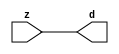

//------> ./rtl_mgc_ioport.v 
//------------------------------------------------------------------
//                M G C _ I O P O R T _ C O M P S
//------------------------------------------------------------------

//------------------------------------------------------------------
//                       M O D U L E S
//------------------------------------------------------------------

//------------------------------------------------------------------
//-- INPUT ENTITIES
//------------------------------------------------------------------

module mgc_in_wire (d, z);

  parameter integer rscid = 1;
  parameter integer width = 8;

  output [width-1:0] d;
  input  [width-1:0] z;

  wire   [width-1:0] d;

  assign d = z;

endmodule

//------------------------------------------------------------------

module mgc_in_wire_en (ld, d, lz, z);

  parameter integer rscid = 1;
  parameter integer width = 8;

  input              ld;
  output [width-1:0] d;
  output             lz;
  input  [width-1:0] z;

  wire   [width-1:0] d;
  wire               lz;

  assign d = z;
  assign lz = ld;

endmodule

//------------------------------------------------------------------

module mgc_in_wire_wait (ld, vd, d, lz, vz, z);

  parameter integer rscid = 1;
  parameter integer width = 8;

  input              ld;
  output             vd;
  output [width-1:0] d;
  output             lz;
  input              vz;
  input  [width-1:0] z;

  wire               vd;
  wire   [width-1:0] d;
  wire               lz;

  assign d = z;
  assign lz = ld;
  assign vd = vz;

endmodule
//------------------------------------------------------------------

module mgc_chan_in (ld, vd, d, lz, vz, z, size, req_size, sizez, sizelz);

  parameter integer rscid = 1;
  parameter integer width = 8;
  parameter integer sz_width = 8;

  input              ld;
  output             vd;
  output [width-1:0] d;
  output             lz;
  input              vz;
  input  [width-1:0] z;
  output [sz_width-1:0] size;
  input              req_size;
  input  [sz_width-1:0] sizez;
  output             sizelz;


  wire               vd;
  wire   [width-1:0] d;
  wire               lz;
  wire   [sz_width-1:0] size;
  wire               sizelz;

  assign d = z;
  assign lz = ld;
  assign vd = vz;
  assign size = sizez;
  assign sizelz = req_size;

endmodule


//------------------------------------------------------------------
//-- OUTPUT ENTITIES
//------------------------------------------------------------------

module mgc_out_stdreg (d, z);

  parameter integer rscid = 1;
  parameter integer width = 8;

  input    [width-1:0] d;
  output   [width-1:0] z;

  wire     [width-1:0] z;

  assign z = d;

endmodule

//------------------------------------------------------------------

module mgc_out_stdreg_en (ld, d, lz, z);

  parameter integer rscid = 1;
  parameter integer width = 8;

  input              ld;
  input  [width-1:0] d;
  output             lz;
  output [width-1:0] z;

  wire               lz;
  wire   [width-1:0] z;

  assign z = d;
  assign lz = ld;

endmodule

//------------------------------------------------------------------

module mgc_out_stdreg_wait (ld, vd, d, lz, vz, z);

  parameter integer rscid = 1;
  parameter integer width = 8;

  input              ld;
  output             vd;
  input  [width-1:0] d;
  output             lz;
  input              vz;
  output [width-1:0] z;

  wire               vd;
  wire               lz;
  wire   [width-1:0] z;

  assign z = d;
  assign lz = ld;
  assign vd = vz;

endmodule

//------------------------------------------------------------------

module mgc_out_prereg_en (ld, d, lz, z);

    parameter integer rscid = 1;
    parameter integer width = 8;

    input              ld;
    input  [width-1:0] d;
    output             lz;
    output [width-1:0] z;

    wire               lz;
    wire   [width-1:0] z;

    assign z = d;
    assign lz = ld;

endmodule

//------------------------------------------------------------------
//-- INOUT ENTITIES
//------------------------------------------------------------------

module mgc_inout_stdreg_en (ldin, din, ldout, dout, lzin, lzout, z);

    parameter integer rscid = 1;
    parameter integer width = 8;

    input              ldin;
    output [width-1:0] din;
    input              ldout;
    input  [width-1:0] dout;
    output             lzin;
    output             lzout;
    inout  [width-1:0] z;

    wire   [width-1:0] din;
    wire               lzin;
    wire               lzout;
    wire   [width-1:0] z;

    assign lzin = ldin;
    assign din = ldin ? z : {width{1'bz}};
    assign lzout = ldout;
    assign z = ldout ? dout : {width{1'bz}};

endmodule

//------------------------------------------------------------------
module hid_tribuf( I_SIG, ENABLE, O_SIG);
  parameter integer width = 8;

  input [width-1:0] I_SIG;
  input ENABLE;
  inout [width-1:0] O_SIG;

  assign O_SIG = (ENABLE) ? I_SIG : { width{1'bz}};

endmodule
//------------------------------------------------------------------

module mgc_inout_stdreg_wait (ldin, vdin, din, ldout, vdout, dout, lzin, vzin, lzout, vzout, z);

    parameter integer rscid = 1;
    parameter integer width = 8;

    input              ldin;
    output             vdin;
    output [width-1:0] din;
    input              ldout;
    output             vdout;
    input  [width-1:0] dout;
    output             lzin;
    input              vzin;
    output             lzout;
    input              vzout;
    inout  [width-1:0] z;

    wire               vdin;
    wire   [width-1:0] din;
    wire               vdout;
    wire               lzin;
    wire               lzout;
    wire   [width-1:0] z;
    wire   ldout_and_vzout;

    assign lzin = ldin;
    assign vdin = vzin;
    assign din = ldin ? z : {width{1'bz}};
    assign lzout = ldout;
    assign vdout = vzout ;
    assign ldout_and_vzout = ldout && vzout ;

    hid_tribuf #(width) tb( .I_SIG(dout),
                            .ENABLE(ldout_and_vzout),
                            .O_SIG(z) );

endmodule

//------------------------------------------------------------------

module mgc_inout_buf_wait (clk, en, arst, srst, ldin, vdin, din, ldout, vdout, dout, lzin, vzin, lzout, vzout, z);

    parameter integer rscid   = 0; // resource ID
    parameter integer width   = 8; // fifo width
    parameter         ph_clk  =  1'b1; // clock polarity 1=rising edge, 0=falling edge
    parameter         ph_en   =  1'b1; // clock enable polarity
    parameter         ph_arst =  1'b1; // async reset polarity
    parameter         ph_srst =  1'b1; // sync reset polarity

    input              clk;
    input              en;
    input              arst;
    input              srst;
    input              ldin;
    output             vdin;
    output [width-1:0] din;
    input              ldout;
    output             vdout;
    input  [width-1:0] dout;
    output             lzin;
    input              vzin;
    output             lzout;
    input              vzout;
    inout  [width-1:0] z;

    wire               lzout_buf;
    wire               vzout_buf;
    wire   [width-1:0] z_buf;
    wire               vdin;
    wire   [width-1:0] din;
    wire               vdout;
    wire               lzin;
    wire               lzout;
    wire   [width-1:0] z;

    assign lzin = ldin;
    assign vdin = vzin;
    assign din = ldin ? z : {width{1'bz}};
    assign lzout = lzout_buf & ~ldin;
    assign vzout_buf = vzout & ~ldin;
    hid_tribuf #(width) tb( .I_SIG(z_buf),
                            .ENABLE((lzout_buf && (!ldin) && vzout) ),
                            .O_SIG(z)  );

    mgc_out_buf_wait
    #(
        .rscid   (rscid),
        .width   (width),
        .ph_clk  (ph_clk),
        .ph_en   (ph_en),
        .ph_arst (ph_arst),
        .ph_srst (ph_srst)
    )
    BUFF
    (
        .clk     (clk),
        .en      (en),
        .arst    (arst),
        .srst    (srst),
        .ld      (ldout),
        .vd      (vdout),
        .d       (dout),
        .lz      (lzout_buf),
        .vz      (vzout_buf),
        .z       (z_buf)
    );


endmodule

module mgc_inout_fifo_wait (clk, en, arst, srst, ldin, vdin, din, ldout, vdout, dout, lzin, vzin, lzout, vzout, z);

    parameter integer rscid   = 0; // resource ID
    parameter integer width   = 8; // fifo width
    parameter integer fifo_sz = 8; // fifo depth
    parameter         ph_clk  = 1'b1;  // clock polarity 1=rising edge, 0=falling edge
    parameter         ph_en   = 1'b1;  // clock enable polarity
    parameter         ph_arst = 1'b1;  // async reset polarity
    parameter         ph_srst = 1'b1;  // sync reset polarity
    parameter integer ph_log2 = 3;     // log2(fifo_sz)
    parameter integer pwropt  = 0;     // pwropt

    input              clk;
    input              en;
    input              arst;
    input              srst;
    input              ldin;
    output             vdin;
    output [width-1:0] din;
    input              ldout;
    output             vdout;
    input  [width-1:0] dout;
    output             lzin;
    input              vzin;
    output             lzout;
    input              vzout;
    inout  [width-1:0] z;

    wire               lzout_buf;
    wire               vzout_buf;
    wire   [width-1:0] z_buf;
    wire               comb;
    wire               vdin;
    wire   [width-1:0] din;
    wire               vdout;
    wire               lzin;
    wire               lzout;
    wire   [width-1:0] z;

    assign lzin = ldin;
    assign vdin = vzin;
    assign din = ldin ? z : {width{1'bz}};
    assign lzout = lzout_buf & ~ldin;
    assign vzout_buf = vzout & ~ldin;
    assign comb = (lzout_buf && (!ldin) && vzout);

    hid_tribuf #(width) tb2( .I_SIG(z_buf), .ENABLE(comb), .O_SIG(z)  );

    mgc_out_fifo_wait
    #(
        .rscid   (rscid),
        .width   (width),
        .fifo_sz (fifo_sz),
        .ph_clk  (ph_clk),
        .ph_en   (ph_en),
        .ph_arst (ph_arst),
        .ph_srst (ph_srst),
        .ph_log2 (ph_log2),
        .pwropt  (pwropt)
    )
    FIFO
    (
        .clk   (clk),
        .en      (en),
        .arst    (arst),
        .srst    (srst),
        .ld      (ldout),
        .vd      (vdout),
        .d       (dout),
        .lz      (lzout_buf),
        .vz      (vzout_buf),
        .z       (z_buf)
    );

endmodule

//------------------------------------------------------------------
//-- I/O SYNCHRONIZATION ENTITIES
//------------------------------------------------------------------

module mgc_io_sync (ld, lz);

    input  ld;
    output lz;

    assign lz = ld;

endmodule

module mgc_bsync_rdy (rd, rz);

    parameter integer rscid   = 0; // resource ID
    parameter ready = 1;
    parameter valid = 0;

    input  rd;
    output rz;

    wire   rz;

    assign rz = rd;

endmodule

module mgc_bsync_vld (vd, vz);

    parameter integer rscid   = 0; // resource ID
    parameter ready = 0;
    parameter valid = 1;

    output vd;
    input  vz;

    wire   vd;

    assign vd = vz;

endmodule

module mgc_bsync_rv (rd, vd, rz, vz);

    parameter integer rscid   = 0; // resource ID
    parameter ready = 1;
    parameter valid = 1;

    input  rd;
    output vd;
    output rz;
    input  vz;

    wire   vd;
    wire   rz;

    assign rz = rd;
    assign vd = vz;

endmodule

//------------------------------------------------------------------

module mgc_sync (ldin, vdin, ldout, vdout);

  input  ldin;
  output vdin;
  input  ldout;
  output vdout;

  wire   vdin;
  wire   vdout;

  assign vdin = ldout;
  assign vdout = ldin;

endmodule

///////////////////////////////////////////////////////////////////////////////
// dummy function used to preserve funccalls for modulario
// it looks like a memory read to the caller
///////////////////////////////////////////////////////////////////////////////
module funccall_inout (d, ad, bd, z, az, bz);

  parameter integer ram_id = 1;
  parameter integer width = 8;
  parameter integer addr_width = 8;

  output [width-1:0]       d;
  input  [addr_width-1:0]  ad;
  input                    bd;
  input  [width-1:0]       z;
  output [addr_width-1:0]  az;
  output                   bz;

  wire   [width-1:0]       d;
  wire   [addr_width-1:0]  az;
  wire                     bz;

  assign d  = z;
  assign az = ad;
  assign bz = bd;

endmodule


///////////////////////////////////////////////////////////////////////////////
// inlinable modular io not otherwise found in mgc_ioport
///////////////////////////////////////////////////////////////////////////////

module modulario_en_in (vd, d, vz, z);

  parameter integer rscid = 1;
  parameter integer width = 8;

  output             vd;
  output [width-1:0] d;
  input              vz;
  input  [width-1:0] z;

  wire   [width-1:0] d;
  wire               vd;

  assign d = z;
  assign vd = vz;

endmodule

//------> ./rtl_mgc_ioport_v2001.v 
//------------------------------------------------------------------

module mgc_out_reg_pos (clk, en, arst, srst, ld, d, lz, z);

    parameter integer rscid   = 1;
    parameter integer width   = 8;
    parameter         ph_en   =  1'b1;
    parameter         ph_arst =  1'b1;
    parameter         ph_srst =  1'b1;

    input              clk;
    input              en;
    input              arst;
    input              srst;
    input              ld;
    input  [width-1:0] d;
    output             lz;
    output [width-1:0] z;

    reg                lz;
    reg    [width-1:0] z;

    generate
    if (ph_arst == 1'b0)
    begin: NEG_ARST
        always @(posedge clk or negedge arst)
        if (arst == 1'b0)
        begin: B1
            lz <= 1'b0;
            z  <= {width{1'b0}};
        end
        else if (srst == ph_srst)
        begin: B2
            lz <= 1'b0;
            z  <= {width{1'b0}};
        end
        else if (en == ph_en)
        begin: B3
            lz <= ld;
            z  <= (ld) ? d : z;
        end
    end
    else
    begin: POS_ARST
        always @(posedge clk or posedge arst)
        if (arst == 1'b1)
        begin: B1
            lz <= 1'b0;
            z  <= {width{1'b0}};
        end
        else if (srst == ph_srst)
        begin: B2
            lz <= 1'b0;
            z  <= {width{1'b0}};
        end
        else if (en == ph_en)
        begin: B3
            lz <= ld;
            z  <= (ld) ? d : z;
        end
    end
    endgenerate

endmodule

//------------------------------------------------------------------

module mgc_out_reg_neg (clk, en, arst, srst, ld, d, lz, z);

    parameter integer rscid   = 1;
    parameter integer width   = 8;
    parameter         ph_en   =  1'b1;
    parameter         ph_arst =  1'b1;
    parameter         ph_srst =  1'b1;

    input              clk;
    input              en;
    input              arst;
    input              srst;
    input              ld;
    input  [width-1:0] d;
    output             lz;
    output [width-1:0] z;

    reg                lz;
    reg    [width-1:0] z;

    generate
    if (ph_arst == 1'b0)
    begin: NEG_ARST
        always @(negedge clk or negedge arst)
        if (arst == 1'b0)
        begin: B1
            lz <= 1'b0;
            z  <= {width{1'b0}};
        end
        else if (srst == ph_srst)
        begin: B2
            lz <= 1'b0;
            z  <= {width{1'b0}};
        end
        else if (en == ph_en)
        begin: B3
            lz <= ld;
            z  <= (ld) ? d : z;
        end
    end
    else
    begin: POS_ARST
        always @(negedge clk or posedge arst)
        if (arst == 1'b1)
        begin: B1
            lz <= 1'b0;
            z  <= {width{1'b0}};
        end
        else if (srst == ph_srst)
        begin: B2
            lz <= 1'b0;
            z  <= {width{1'b0}};
        end
        else if (en == ph_en)
        begin: B3
            lz <= ld;
            z  <= (ld) ? d : z;
        end
    end
    endgenerate

endmodule

//------------------------------------------------------------------

module mgc_out_reg (clk, en, arst, srst, ld, d, lz, z); // Not Supported

    parameter integer rscid   = 1;
    parameter integer width   = 8;
    parameter         ph_clk  =  1'b1;
    parameter         ph_en   =  1'b1;
    parameter         ph_arst =  1'b1;
    parameter         ph_srst =  1'b1;

    input              clk;
    input              en;
    input              arst;
    input              srst;
    input              ld;
    input  [width-1:0] d;
    output             lz;
    output [width-1:0] z;


    generate
    if (ph_clk == 1'b0)
    begin: NEG_EDGE

        mgc_out_reg_neg
        #(
            .rscid   (rscid),
            .width   (width),
            .ph_en   (ph_en),
            .ph_arst (ph_arst),
            .ph_srst (ph_srst)
        )
        mgc_out_reg_neg_inst
        (
            .clk     (clk),
            .en      (en),
            .arst    (arst),
            .srst    (srst),
            .ld      (ld),
            .d       (d),
            .lz      (lz),
            .z       (z)
        );

    end
    else
    begin: POS_EDGE

        mgc_out_reg_pos
        #(
            .rscid   (rscid),
            .width   (width),
            .ph_en   (ph_en),
            .ph_arst (ph_arst),
            .ph_srst (ph_srst)
        )
        mgc_out_reg_pos_inst
        (
            .clk     (clk),
            .en      (en),
            .arst    (arst),
            .srst    (srst),
            .ld      (ld),
            .d       (d),
            .lz      (lz),
            .z       (z)
        );

    end
    endgenerate

endmodule




//------------------------------------------------------------------

module mgc_out_buf_wait (clk, en, arst, srst, ld, vd, d, vz, lz, z); // Not supported

    parameter integer rscid   = 1;
    parameter integer width   = 8;
    parameter         ph_clk  =  1'b1;
    parameter         ph_en   =  1'b1;
    parameter         ph_arst =  1'b1;
    parameter         ph_srst =  1'b1;

    input              clk;
    input              en;
    input              arst;
    input              srst;
    input              ld;
    output             vd;
    input  [width-1:0] d;
    output             lz;
    input              vz;
    output [width-1:0] z;

    wire               filled;
    wire               filled_next;
    wire   [width-1:0] abuf;
    wire               lbuf;


    assign filled_next = (filled & (~vz)) | (filled & ld) | (ld & (~vz));

    assign lbuf = ld & ~(filled ^ vz);

    assign vd = vz | ~filled;

    assign lz = ld | filled;

    assign z = (filled) ? abuf : d;

    wire dummy;
    wire dummy_bufreg_lz;

    // Output registers:
    mgc_out_reg
    #(
        .rscid   (rscid),
        .width   (1'b1),
        .ph_clk  (ph_clk),
        .ph_en   (ph_en),
        .ph_arst (ph_arst),
        .ph_srst (ph_srst)
    )
    STATREG
    (
        .clk     (clk),
        .en      (en),
        .arst    (arst),
        .srst    (srst),
        .ld      (filled_next),
        .d       (1'b0),       // input d is unused
        .lz      (filled),
        .z       (dummy)            // output z is unused
    );

    mgc_out_reg
    #(
        .rscid   (rscid),
        .width   (width),
        .ph_clk  (ph_clk),
        .ph_en   (ph_en),
        .ph_arst (ph_arst),
        .ph_srst (ph_srst)
    )
    BUFREG
    (
        .clk     (clk),
        .en      (en),
        .arst    (arst),
        .srst    (srst),
        .ld      (lbuf),
        .d       (d),
        .lz      (dummy_bufreg_lz),
        .z       (abuf)
    );

endmodule

//------------------------------------------------------------------

module mgc_out_fifo_wait (clk, en, arst, srst, ld, vd, d, lz, vz,  z);

    parameter integer rscid   = 0; // resource ID
    parameter integer width   = 8; // fifo width
    parameter integer fifo_sz = 8; // fifo depth
    parameter         ph_clk  = 1'b1; // clock polarity 1=rising edge, 0=falling edge
    parameter         ph_en   = 1'b1; // clock enable polarity
    parameter         ph_arst = 1'b1; // async reset polarity
    parameter         ph_srst = 1'b1; // sync reset polarity
    parameter integer ph_log2 = 3; // log2(fifo_sz)
    parameter integer pwropt  = 0; // pwropt


    input                 clk;
    input                 en;
    input                 arst;
    input                 srst;
    input                 ld;    // load data
    output                vd;    // fifo full active low
    input     [width-1:0] d;
    output                lz;    // fifo ready to send
    input                 vz;    // dest ready for data
    output    [width-1:0] z;

    wire    [31:0]      size;


      // Output registers:
 mgc_out_fifo_wait_core#(
        .rscid   (rscid),
        .width   (width),
        .sz_width (32),
        .fifo_sz (fifo_sz),
        .ph_clk  (ph_clk),
        .ph_en   (ph_en),
        .ph_arst (ph_arst),
        .ph_srst (ph_srst),
        .ph_log2 (ph_log2),
        .pwropt  (pwropt)
        ) CORE (
        .clk (clk),
        .en (en),
        .arst (arst),
        .srst (srst),
        .ld (ld),
        .vd (vd),
        .d (d),
        .lz (lz),
        .vz (vz),
        .z (z),
        .size (size)
        );

endmodule



module mgc_out_fifo_wait_core (clk, en, arst, srst, ld, vd, d, lz, vz,  z, size);

    parameter integer rscid   = 0; // resource ID
    parameter integer width   = 8; // fifo width
    parameter integer sz_width = 8; // size of port for elements in fifo
    parameter integer fifo_sz = 8; // fifo depth
    parameter         ph_clk  =  1'b1; // clock polarity 1=rising edge, 0=falling edge
    parameter         ph_en   =  1'b1; // clock enable polarity
    parameter         ph_arst =  1'b1; // async reset polarity
    parameter         ph_srst =  1'b1; // sync reset polarity
    parameter integer ph_log2 = 3; // log2(fifo_sz)
    parameter integer pwropt  = 0; // pwropt

   localparam integer  fifo_b = width * fifo_sz;

    input                 clk;
    input                 en;
    input                 arst;
    input                 srst;
    input                 ld;    // load data
    output                vd;    // fifo full active low
    input     [width-1:0] d;
    output                lz;    // fifo ready to send
    input                 vz;    // dest ready for data
    output    [width-1:0] z;
    output    [sz_width-1:0]      size;

    reg      [( (fifo_sz > 0) ? fifo_sz : 1)-1:0] stat_pre;
    wire     [( (fifo_sz > 0) ? fifo_sz : 1)-1:0] stat;
    reg      [( (fifo_b > 0) ? fifo_b : 1)-1:0] buff_pre;
    wire     [( (fifo_b > 0) ? fifo_b : 1)-1:0] buff;
    reg      [( (fifo_sz > 0) ? fifo_sz : 1)-1:0] en_l;
    reg      [(((fifo_sz > 0) ? fifo_sz : 1)-1)/8:0] en_l_s;

    reg       [width-1:0] buff_nxt;

    reg                   stat_nxt;
    reg                   stat_before;
    reg                   stat_after;
    reg                   en_l_var;

    integer               i;
    genvar                eni;

    wire [32:0]           size_t;
    reg [31:0]            count;
    reg [31:0]            count_t;
    reg [32:0]            n_elem;
// pragma translate_off
    reg [31:0]            peak;
// pragma translate_on

    wire [( (fifo_sz > 0) ? fifo_sz : 1)-1:0] dummy_statreg_lz;
    wire [( (fifo_b > 0) ? fifo_b : 1)-1:0] dummy_bufreg_lz;

    generate
    if ( fifo_sz > 0 )
    begin: FIFO_REG
      assign vd = vz | ~stat[0];
      assign lz = ld | stat[fifo_sz-1];
      assign size_t = (count - (vz && stat[fifo_sz-1])) + ld;
      assign size = size_t[sz_width-1:0];
      assign z = (stat[fifo_sz-1]) ? buff[fifo_b-1:width*(fifo_sz-1)] : d;

      always @(*)
      begin: FIFOPROC
        n_elem = 33'b0;
        for (i = fifo_sz-1; i >= 0; i = i - 1)
        begin
          if (i != 0)
            stat_before = stat[i-1];
          else
            stat_before = 1'b0;

          if (i != (fifo_sz-1))
            stat_after = stat[i+1];
          else
            stat_after = 1'b1;

          stat_nxt = stat_after &
                    (stat_before | (stat[i] & (~vz)) | (stat[i] & ld) | (ld & (~vz)));

          stat_pre[i] = stat_nxt;
          en_l_var = 1'b1;
          if (!stat_nxt)
            begin
              buff_nxt = {width{1'b0}};
              en_l_var = 1'b0;
            end
          else if (vz && stat_before)
            buff_nxt[0+:width] = buff[width*(i-1)+:width];
          else if (ld && !((vz && stat_before) || ((!vz) && stat[i])))
            buff_nxt = d;
          else
            begin
              if (pwropt == 0)
                buff_nxt[0+:width] = buff[width*i+:width];
              else
                buff_nxt = {width{1'b0}};
              en_l_var = 1'b0;
            end

          if (ph_en != 0)
            en_l[i] = en & en_l_var;
          else
            en_l[i] = en | ~en_l_var;

          buff_pre[width*i+:width] = buff_nxt[0+:width];

          if ((stat_after == 1'b1) && (stat[i] == 1'b0))
            n_elem = ($unsigned(fifo_sz) - 1) - i;
        end

        if (ph_en != 0)
          en_l_s[(((fifo_sz > 0) ? fifo_sz : 1)-1)/8] = 1'b1;
        else
          en_l_s[(((fifo_sz > 0) ? fifo_sz : 1)-1)/8] = 1'b0;

        for (i = fifo_sz-1; i >= 7; i = i - 1)
        begin
          if ((i%'d2) == 0)
          begin
            if (ph_en != 0)
              en_l_s[(i/8)-1] = en & (stat[i]|stat_pre[i-1]);
            else
              en_l_s[(i/8)-1] = en | ~(stat[i]|stat_pre[i-1]);
          end
        end

        if ( stat[fifo_sz-1] == 1'b0 )
          count_t = 32'b0;
        else if ( stat[0] == 1'b1 )
          count_t = { {(32-ph_log2){1'b0}}, fifo_sz};
        else
          count_t = n_elem[31:0];
        count = count_t;
// pragma translate_off
        if ( peak < count )
          peak = count;
// pragma translate_on
      end

      if (pwropt == 0)
      begin: NOCGFIFO
        // Output registers:
        mgc_out_reg
        #(
            .rscid   (rscid),
            .width   (fifo_sz),
            .ph_clk  (ph_clk),
            .ph_en   (ph_en),
            .ph_arst (ph_arst),
            .ph_srst (ph_srst)
        )
        STATREG
        (
            .clk     (clk),
            .en      (en),
            .arst    (arst),
            .srst    (srst),
            .ld      (1'b1),
            .d       (stat_pre),
            .lz      (dummy_statreg_lz[0]),
            .z       (stat)
        );
        mgc_out_reg
        #(
            .rscid   (rscid),
            .width   (fifo_b),
            .ph_clk  (ph_clk),
            .ph_en   (ph_en),
            .ph_arst (ph_arst),
            .ph_srst (ph_srst)
        )
        BUFREG
        (
            .clk     (clk),
            .en      (en),
            .arst    (arst),
            .srst    (srst),
            .ld      (1'b1),
            .d       (buff_pre),
            .lz      (dummy_bufreg_lz[0]),
            .z       (buff)
        );
      end
      else
      begin: CGFIFO
        // Output registers:
        if ( pwropt > 1)
        begin: CGSTATFIFO2
          for (eni = fifo_sz-1; eni >= 0; eni = eni - 1)
          begin: pwroptGEN1
            mgc_out_reg
            #(
              .rscid   (rscid),
              .width   (1),
              .ph_clk  (ph_clk),
              .ph_en   (ph_en),
              .ph_arst (ph_arst),
              .ph_srst (ph_srst)
            )
            STATREG
            (
              .clk     (clk),
              .en      (en_l_s[eni/8]),
              .arst    (arst),
              .srst    (srst),
              .ld      (1'b1),
              .d       (stat_pre[eni]),
              .lz      (dummy_statreg_lz[eni]),
              .z       (stat[eni])
            );
          end
        end
        else
        begin: CGSTATFIFO
          mgc_out_reg
          #(
            .rscid   (rscid),
            .width   (fifo_sz),
            .ph_clk  (ph_clk),
            .ph_en   (ph_en),
            .ph_arst (ph_arst),
            .ph_srst (ph_srst)
          )
          STATREG
          (
            .clk     (clk),
            .en      (en),
            .arst    (arst),
            .srst    (srst),
            .ld      (1'b1),
            .d       (stat_pre),
            .lz      (dummy_statreg_lz[0]),
            .z       (stat)
          );
        end
        for (eni = fifo_sz-1; eni >= 0; eni = eni - 1)
        begin: pwroptGEN2
          mgc_out_reg
          #(
            .rscid   (rscid),
            .width   (width),
            .ph_clk  (ph_clk),
            .ph_en   (ph_en),
            .ph_arst (ph_arst),
            .ph_srst (ph_srst)
          )
          BUFREG
          (
            .clk     (clk),
            .en      (en_l[eni]),
            .arst    (arst),
            .srst    (srst),
            .ld      (1'b1),
            .d       (buff_pre[width*eni+:width]),
            .lz      (dummy_bufreg_lz[eni]),
            .z       (buff[width*eni+:width])
          );
        end
      end
    end
    else
    begin: FEED_THRU
      assign vd = vz;
      assign lz = ld;
      assign z = d;
      assign size = ld && !vz;
    end
    endgenerate

endmodule

//------------------------------------------------------------------
//-- PIPE ENTITIES
//------------------------------------------------------------------
/*
 *
 *             _______________________________________________
 * WRITER    |                                               |          READER
 *           |           MGC_PIPE                            |
 *           |           __________________________          |
 *        --<| vdout  --<| vd ---------------  vz<|-----ldin<|---
 *           |           |      FIFO              |          |
 *        ---|>ldout  ---|>ld ---------------- lz |> ---vdin |>--
 *        ---|>dout -----|>d  ---------------- dz |> ----din |>--
 *           |           |________________________|          |
 *           |_______________________________________________|
 */
// two clock pipe
module mgc_pipe (clk, en, arst, srst, ldin, vdin, din, ldout, vdout, dout, size, req_size);

    parameter integer rscid   = 0; // resource ID
    parameter integer width   = 8; // fifo width
    parameter integer sz_width = 8; // width of size of elements in fifo
    parameter integer fifo_sz = 8; // fifo depth
    parameter integer log2_sz = 3; // log2(fifo_sz)
    parameter         ph_clk  = 1'b1;  // clock polarity 1=rising edge, 0=falling edge
    parameter         ph_en   = 1'b1;  // clock enable polarity
    parameter         ph_arst = 1'b1;  // async reset polarity
    parameter         ph_srst = 1'b1;  // sync reset polarity
    parameter integer pwropt  = 0; // pwropt

    input              clk;
    input              en;
    input              arst;
    input              srst;
    input              ldin;
    output             vdin;
    output [width-1:0] din;
    input              ldout;
    output             vdout;
    input  [width-1:0] dout;
    output [sz_width-1:0]      size;
    input              req_size;


    mgc_out_fifo_wait_core
    #(
        .rscid    (rscid),
        .width    (width),
        .sz_width (sz_width),
        .fifo_sz  (fifo_sz),
        .ph_clk   (ph_clk),
        .ph_en    (ph_en),
        .ph_arst  (ph_arst),
        .ph_srst  (ph_srst),
        .ph_log2  (log2_sz),
        .pwropt   (pwropt)
    )
    FIFO
    (
        .clk     (clk),
        .en      (en),
        .arst    (arst),
        .srst    (srst),
        .ld      (ldout),
        .vd      (vdout),
        .d       (dout),
        .lz      (vdin),
        .vz      (ldin),
        .z       (din),
        .size    (size)
    );

endmodule


//------> ./rtl.v 
// ----------------------------------------------------------------------
//  HLS HDL:        Verilog Netlister
//  HLS Version:    2011a.126 Production Release
//  HLS Date:       Wed Aug  8 00:52:07 PDT 2012
// 
//  Generated by:   mf2915@EEWS305-026
//  Generated date: Sat May 07 15:45:31 2016
// ----------------------------------------------------------------------

// 
// ------------------------------------------------------------------
//  Design Unit:    gauss_blur_core
// ------------------------------------------------------------------


module gauss_blur_core (
  vin, vga_xy, clk, en, arst_n, vout_rsc_mgc_out_stdreg_d, volume_rsc_mgc_out_stdreg_d
);
  input [89:0] vin;
  input [19:0] vga_xy;
  input clk;
  input en;
  input arst_n;
  output [29:0] vout_rsc_mgc_out_stdreg_d;
  reg [29:0] vout_rsc_mgc_out_stdreg_d;
  output [3:0] volume_rsc_mgc_out_stdreg_d;
  reg [3:0] volume_rsc_mgc_out_stdreg_d;


  // Interconnect Declarations
  wire or_dcpl_7;
  wire not_tmp_8;
  reg [89:0] regs_regs_1_sva;
  reg [3:0] acc_15_0_sva;
  reg [3:0] acc_15_1_sva;
  reg [9:0] red_xy_0_sva;
  reg [9:0] red_xy_1_sva;
  reg [9:0] blue_xy_0_sva;
  reg [9:0] blue_xy_1_sva;
  reg [3:0] volume_previous_sva;
  reg if_9_land_lpi_1_dfm;
  reg [9:0] MAC1_acc_psp_sg1_sva_1;
  reg [9:0] MAC1_acc_39_psp_sg1_sva_1;
  reg [9:0] MAC1_acc_40_psp_sg1_sva_1;
  reg land_12_lpi_1_dfm_1;
  reg land_14_lpi_1_dfm_1;
  reg [9:0] deltay_square_red_slc_deltay_square_red_acc_psp_itm_1;
  reg aif_41_slc_itm_1;
  reg [2:0] volume_current_slc_acc_idiv_8_itm_1;
  reg volume_current_slc_acc_idiv_20_itm_1;
  reg volume_current_slc_acc_idiv_21_itm_1;
  reg volume_current_slc_acc_idiv_22_itm_1;
  reg volume_current_slc_acc_idiv_13_itm_1;
  reg [3:0] volume_current_slc_acc_idiv_7_itm_1;
  reg main_stage_0_2;
  wire if_9_land_lpi_1_dfm_mx0;
  wire [3:0] acc_15_0_sva_dfm_1_mx0;
  wire [9:0] blue_xy_1_sva_dfm;
  wire [9:0] blue_xy_0_sva_dfm;
  reg reg_volume_current_slc_acc_idiv_6_itm_1_cse;
  wire [9:0] red_xy_1_sva_dfm;
  wire [9:0] red_xy_0_sva_dfm;
  reg reg_deltay_square_blue_acc_psp_sva_tmp;
  wire [11:0] deltay_square_blue_acc_1_itm;
  wire [12:0] nl_deltay_square_blue_acc_1_itm;
  wire [5:0] if_17_acc_1_itm;
  wire [6:0] nl_if_17_acc_1_itm;
  wire [12:0] MAC1_acc_itm;
  wire [13:0] nl_MAC1_acc_itm;
  wire [12:0] MAC1_acc_78_itm;
  wire [13:0] nl_MAC1_acc_78_itm;
  wire [12:0] MAC1_acc_79_itm;
  wire [13:0] nl_MAC1_acc_79_itm;
  wire [11:0] deltay_square_red_acc_1_itm;
  wire [12:0] nl_deltay_square_red_acc_1_itm;
  wire [10:0] aif_39_acc_itm;
  wire [11:0] nl_aif_39_acc_itm;
  wire [11:0] deltax_square_red_acc_1_itm;
  wire [12:0] nl_deltax_square_red_acc_1_itm;
  wire [11:0] deltax_square_blue_acc_1_itm;
  wire [12:0] nl_deltax_square_blue_acc_1_itm;
  wire [4:0] acc_3_itm;
  wire [5:0] nl_acc_3_itm;
  wire [89:0] regs_regs_0_sva_mx0;
  wire land_11_lpi_1_dfm;
  wire land_13_lpi_1_dfm;
  wire [3:0] volume_previous_sva_dfm;
  wire [3:0] volume_current_sva;
  wire [4:0] nl_volume_current_sva;
  wire [4:0] volume_current_acc_psp_sva;
  wire [5:0] nl_volume_current_acc_psp_sva;
  wire [3:0] volume_current_acc_2_psp_sva;
  wire [4:0] nl_volume_current_acc_2_psp_sva;
  wire [3:0] acc_15_0_sva_dfm;
  wire [3:0] acc_15_1_sva_dfm_1_mx0;
  wire [3:0] acc_15_1_sva_dfm;
  wire [9:0] red_xy_1_sva_dfm_2_mx0;
  wire [9:0] red_xy_0_sva_dfm_2_mx0;
  wire [9:0] blue_xy_0_sva_dfm_2_mx0;
  wire [9:0] blue_xy_1_sva_mx0;
  wire [3:0] if_3_acc_svs;
  wire [4:0] nl_if_3_acc_svs;
  wire [3:0] if_3_acc_1_psp_sva;
  wire [4:0] nl_if_3_acc_1_psp_sva;
  wire [5:0] acc_imod_2_sva;
  wire [6:0] nl_acc_imod_2_sva;
  wire [10:0] volume_current_acc_8_psp;
  wire [11:0] nl_volume_current_acc_8_psp;
  wire [10:0] volume_current_acc_3_sdt;
  wire [11:0] nl_volume_current_acc_3_sdt;
  wire [11:0] MAC1_acc_45_itm;
  wire [12:0] nl_MAC1_acc_45_itm;
  wire [11:0] MAC1_acc_52_itm;
  wire [12:0] nl_MAC1_acc_52_itm;
  wire [11:0] MAC1_acc_59_itm;
  wire [12:0] nl_MAC1_acc_59_itm;
  wire nand_1_itm;
  wire or_itm;


  // Interconnect Declarations for Component Instantiations 
  assign regs_regs_0_sva_mx0 = vin & ({{89{main_stage_0_2}}, main_stage_0_2});
  assign nl_deltay_square_blue_acc_1_itm = ({1'b1 , (vga_xy[19:10]) , 1'b1}) + conv_u2s_11_12({(~
      blue_xy_1_sva) , 1'b1});
  assign deltay_square_blue_acc_1_itm = nl_deltay_square_blue_acc_1_itm[11:0];
  assign nl_if_17_acc_1_itm = ({1'b1 , volume_current_sva , 1'b1}) + conv_u2s_5_6({(~
      volume_previous_sva) , 1'b1});
  assign if_17_acc_1_itm = nl_if_17_acc_1_itm[5:0];
  assign nl_MAC1_acc_45_itm = conv_u2u_11_12(conv_u2u_10_11(regs_regs_1_sva[29:20])
      + conv_u2u_10_11(regs_regs_1_sva[89:80])) + conv_u2u_11_12(conv_u2u_10_11(vin[29:20])
      + conv_u2u_10_11(vin[89:80]));
  assign MAC1_acc_45_itm = nl_MAC1_acc_45_itm[11:0];
  assign nl_MAC1_acc_itm = conv_u2u_12_13(conv_u2u_11_12(conv_u2u_10_11(regs_regs_1_sva[59:50])
      + conv_u2u_10_11(regs_regs_0_sva_mx0[29:20])) + conv_u2u_11_12(conv_u2u_10_11(regs_regs_0_sva_mx0[89:80])
      + conv_u2u_10_11(vin[59:50]))) + conv_u2u_12_13({(conv_u2u_10_11(MAC1_acc_45_itm[11:2])
      + conv_u2u_10_11(regs_regs_0_sva_mx0[59:50])) , (MAC1_acc_45_itm[1])});
  assign MAC1_acc_itm = nl_MAC1_acc_itm[12:0];
  assign land_11_lpi_1_dfm = (~ (readslicef_11_1_10((({1'b1 , (~ deltay_square_red_slc_deltay_square_red_acc_psp_itm_1)})
      + 11'b101001)))) & (~ aif_41_slc_itm_1) & land_12_lpi_1_dfm_1;
  assign land_13_lpi_1_dfm = (~ (readslicef_11_1_10((({1'b1 , (~ (deltay_square_blue_acc_1_itm[10:1]))})
      + 11'b101001)))) & (~ (deltay_square_blue_acc_1_itm[11])) & land_14_lpi_1_dfm_1;
  assign nl_MAC1_acc_52_itm = conv_u2u_11_12(conv_u2u_10_11(regs_regs_1_sva[19:10])
      + conv_u2u_10_11(regs_regs_1_sva[79:70])) + conv_u2u_11_12(conv_u2u_10_11(vin[19:10])
      + conv_u2u_10_11(vin[79:70]));
  assign MAC1_acc_52_itm = nl_MAC1_acc_52_itm[11:0];
  assign nl_MAC1_acc_78_itm = conv_u2u_12_13(conv_u2u_11_12(conv_u2u_10_11(regs_regs_1_sva[49:40])
      + conv_u2u_10_11(regs_regs_0_sva_mx0[19:10])) + conv_u2u_11_12(conv_u2u_10_11(regs_regs_0_sva_mx0[79:70])
      + conv_u2u_10_11(vin[49:40]))) + conv_u2u_12_13({(conv_u2u_10_11(MAC1_acc_52_itm[11:2])
      + conv_u2u_10_11(regs_regs_0_sva_mx0[49:40])) , (MAC1_acc_52_itm[1])});
  assign MAC1_acc_78_itm = nl_MAC1_acc_78_itm[12:0];
  assign nl_MAC1_acc_59_itm = conv_u2u_11_12(conv_u2u_10_11(regs_regs_1_sva[9:0])
      + conv_u2u_10_11(regs_regs_1_sva[69:60])) + conv_u2u_11_12(conv_u2u_10_11(vin[9:0])
      + conv_u2u_10_11(vin[69:60]));
  assign MAC1_acc_59_itm = nl_MAC1_acc_59_itm[11:0];
  assign nl_MAC1_acc_79_itm = conv_u2u_12_13(conv_u2u_11_12(conv_u2u_10_11(regs_regs_1_sva[39:30])
      + conv_u2u_10_11(regs_regs_0_sva_mx0[9:0])) + conv_u2u_11_12(conv_u2u_10_11(regs_regs_0_sva_mx0[69:60])
      + conv_u2u_10_11(vin[39:30]))) + conv_u2u_12_13({(conv_u2u_10_11(MAC1_acc_59_itm[11:2])
      + conv_u2u_10_11(regs_regs_0_sva_mx0[39:30])) , (MAC1_acc_59_itm[1])});
  assign MAC1_acc_79_itm = nl_MAC1_acc_79_itm[12:0];
  assign volume_previous_sva_dfm = volume_current_sva & (signext_4_1(~((readslicef_5_1_4((conv_s2u_4_5(~
      (if_17_acc_1_itm[5:2])) + 5'b1))) | (readslicef_6_1_5((conv_s2s_5_6(if_17_acc_1_itm[5:1])
      + 6'b1))))));
  assign nl_volume_current_sva = conv_s2u_3_4(readslicef_4_3_1((conv_u2s_3_4({(readslicef_3_2_1((conv_u2u_2_3({(volume_current_acc_psp_sva[3])
      , 1'b1}) + conv_u2u_2_3({(~ (volume_current_acc_psp_sva[4])) , (~((volume_current_acc_2_psp_sva[3])
      & (~ (volume_current_slc_acc_idiv_7_itm_1[3]))))})))) , 1'b1}) + conv_s2s_3_4({1'b1
      , reg_volume_current_slc_acc_idiv_6_itm_1_cse , ((volume_current_slc_acc_idiv_7_itm_1[3])
      & (~ (volume_current_acc_2_psp_sva[3])) & ((volume_current_acc_2_psp_sva[2])
      | (volume_current_acc_2_psp_sva[1]) | (volume_current_acc_2_psp_sva[0]) | volume_current_slc_acc_idiv_20_itm_1
      | volume_current_slc_acc_idiv_21_itm_1 | volume_current_slc_acc_idiv_22_itm_1
      | volume_current_slc_acc_idiv_13_itm_1))})))) + volume_current_slc_acc_idiv_7_itm_1;
  assign volume_current_sva = nl_volume_current_sva[3:0];
  assign nl_volume_current_acc_psp_sva = (readslicef_6_5_1((conv_s2s_5_6({volume_current_slc_acc_idiv_7_itm_1
      , 1'b1}) + conv_u2s_5_6({(~ reg_volume_current_slc_acc_idiv_6_itm_1_cse) ,
      3'b0 , reg_volume_current_slc_acc_idiv_6_itm_1_cse})))) + conv_s2u_4_5({1'b1
      , volume_current_slc_acc_idiv_8_itm_1});
  assign volume_current_acc_psp_sva = nl_volume_current_acc_psp_sva[4:0];
  assign nl_volume_current_acc_2_psp_sva = conv_s2u_2_4(conv_s2s_1_2(volume_current_acc_psp_sva[4])
      + conv_u2s_1_2(volume_current_acc_psp_sva[3])) + (volume_current_acc_psp_sva[3:0]);
  assign volume_current_acc_2_psp_sva = nl_volume_current_acc_2_psp_sva[3:0];
  assign acc_15_0_sva_dfm_1_mx0 = MUX_v_4_2_2({(acc_15_0_sva_dfm + 4'b1) , acc_15_0_sva_dfm},
      (readslicef_4_1_3((conv_u2u_3_4(MAC1_acc_itm[12:10]) + 4'b1011))) | (readslicef_10_1_9((conv_u2s_9_10(~
      (MAC1_acc_itm[11:3])) + 10'b1111111101))) | (readslicef_11_1_10((({1'b1 , (~
      (MAC1_acc_78_itm[12:3]))}) + 11'b110010001))));
  assign acc_15_0_sva_dfm = acc_15_0_sva & ({{3{or_itm}}, or_itm});
  assign acc_15_1_sva_dfm_1_mx0 = MUX_v_4_2_2({(acc_15_1_sva_dfm + 4'b1) , acc_15_1_sva_dfm},
      (readslicef_11_1_10((({1'b1 , (~ (MAC1_acc_itm[12:3]))}) + 11'b101000001)))
      | (readslicef_11_1_10((({1'b1 , (~ (MAC1_acc_78_itm[12:3]))}) + 11'b101000001)))
      | (readslicef_8_1_7((conv_u2u_7_8(MAC1_acc_79_itm[12:6]) + 8'b11010011))) |
      (readslicef_10_1_9(((~ (MAC1_acc_79_itm[12:3])) + 10'b1011010001))));
  assign acc_15_1_sva_dfm = acc_15_1_sva & ({{3{or_itm}}, or_itm});
  assign red_xy_1_sva_dfm_2_mx0 = MUX_v_10_2_2({(vga_xy[19:10]) , red_xy_1_sva_dfm},
      or_dcpl_7);
  assign red_xy_0_sva_dfm_2_mx0 = MUX_v_10_2_2({(vga_xy[9:0]) , red_xy_0_sva_dfm},
      or_dcpl_7);
  assign red_xy_1_sva_dfm = red_xy_1_sva & ({{9{nand_1_itm}}, nand_1_itm});
  assign red_xy_0_sva_dfm = red_xy_0_sva & ({{9{nand_1_itm}}, nand_1_itm});
  assign if_9_land_lpi_1_dfm_mx0 = MUX_s_1_2_2({if_9_land_lpi_1_dfm , (~((blue_xy_1_sva_dfm[9])
      | (blue_xy_1_sva_dfm[8]) | (blue_xy_1_sva_dfm[7]) | (blue_xy_1_sva_dfm[6])
      | (blue_xy_1_sva_dfm[5]) | (blue_xy_1_sva_dfm[4]) | (blue_xy_1_sva_dfm[3])
      | (blue_xy_1_sva_dfm[2]) | (blue_xy_1_sva_dfm[1]) | (blue_xy_1_sva_dfm[0])
      | (blue_xy_0_sva_dfm[9]) | (blue_xy_0_sva_dfm[8]) | (blue_xy_0_sva_dfm[7])
      | (blue_xy_0_sva_dfm[6]) | (blue_xy_0_sva_dfm[5]) | (blue_xy_0_sva_dfm[4])
      | (blue_xy_0_sva_dfm[3]) | (blue_xy_0_sva_dfm[2]) | (blue_xy_0_sva_dfm[1])
      | (blue_xy_0_sva_dfm[0])))}, acc_3_itm[4]);
  assign blue_xy_1_sva_dfm = blue_xy_1_sva & ({{9{nand_1_itm}}, nand_1_itm});
  assign blue_xy_0_sva_dfm = blue_xy_0_sva & ({{9{nand_1_itm}}, nand_1_itm});
  assign nl_deltay_square_red_acc_1_itm = ({1'b1 , (vga_xy[19:10]) , 1'b1}) + conv_u2s_11_12({(~
      red_xy_1_sva_dfm_2_mx0) , 1'b1});
  assign deltay_square_red_acc_1_itm = nl_deltay_square_red_acc_1_itm[11:0];
  assign nl_aif_39_acc_itm = ({1'b1 , (~ (deltax_square_red_acc_1_itm[10:1]))}) +
      11'b101001;
  assign aif_39_acc_itm = nl_aif_39_acc_itm[10:0];
  assign nl_deltax_square_red_acc_1_itm = ({1'b1 , (vga_xy[9:0]) , 1'b1}) + conv_u2s_11_12({(~
      red_xy_0_sva_dfm_2_mx0) , 1'b1});
  assign deltax_square_red_acc_1_itm = nl_deltax_square_red_acc_1_itm[11:0];
  assign nl_deltax_square_blue_acc_1_itm = ({1'b1 , (vga_xy[9:0]) , 1'b1}) + conv_u2s_11_12({(~
      blue_xy_0_sva_dfm_2_mx0) , 1'b1});
  assign deltax_square_blue_acc_1_itm = nl_deltax_square_blue_acc_1_itm[11:0];
  assign blue_xy_0_sva_dfm_2_mx0 = MUX_v_10_2_2({(vga_xy[9:0]) , blue_xy_0_sva_dfm},
      not_tmp_8);
  assign nl_acc_3_itm = ({1'b1 , (~ acc_15_1_sva_dfm_1_mx0)}) + 5'b101;
  assign acc_3_itm = nl_acc_3_itm[4:0];
  assign blue_xy_1_sva_mx0 = MUX_v_10_2_2({(vga_xy[19:10]) , blue_xy_1_sva_dfm},
      not_tmp_8);
  assign nl_if_3_acc_svs = conv_s2u_1_4(if_3_acc_1_psp_sva[3]) + if_3_acc_1_psp_sva;
  assign if_3_acc_svs = nl_if_3_acc_svs[3:0];
  assign nl_if_3_acc_1_psp_sva = (readslicef_5_4_1((({(~ (acc_imod_2_sva[3])) , 4'b1})
      + conv_s2u_3_5(acc_imod_2_sva[5:3])))) + ({1'b1 , (acc_imod_2_sva[2:0])});
  assign if_3_acc_1_psp_sva = nl_if_3_acc_1_psp_sva[3:0];
  assign nl_acc_imod_2_sva = conv_s2s_5_6(({3'b100 , (vga_xy[9:8])}) + conv_u2s_4_5(readslicef_5_4_1((conv_u2u_4_5({(vga_xy[2:0])
      , 1'b1}) + conv_u2u_4_5(vga_xy[6:3]))))) + conv_u2s_5_6({(conv_u2u_1_2(~ (vga_xy[3]))
      + conv_u2u_1_2(~ (vga_xy[7]))) , 2'b0 , (readslicef_2_1_1((conv_u2u_1_2(vga_xy[7])
      + 2'b1)))});
  assign acc_imod_2_sva = nl_acc_imod_2_sva[5:0];
  assign nl_volume_current_acc_8_psp = conv_u2u_10_11(volume_current_acc_3_sdt[10:1])
      + 11'b10111100001;
  assign volume_current_acc_8_psp = nl_volume_current_acc_8_psp[10:0];
  assign nl_volume_current_acc_3_sdt = conv_u2u_10_11(~ red_xy_1_sva_dfm_2_mx0) +
      conv_u2u_10_11(~ blue_xy_1_sva_mx0);
  assign volume_current_acc_3_sdt = nl_volume_current_acc_3_sdt[10:0];
  assign nand_1_itm = ~((~((vga_xy[9]) | (vga_xy[8]) | (vga_xy[7]) | (vga_xy[6])
      | (vga_xy[5]) | (vga_xy[4]) | (vga_xy[3]) | (vga_xy[2]) | (vga_xy[1]) | (vga_xy[0])))
      & (~((vga_xy[19]) | (vga_xy[18]) | (vga_xy[17]) | (vga_xy[16]) | (vga_xy[15])
      | (vga_xy[14]) | (vga_xy[13]) | (vga_xy[12]) | (vga_xy[11]) | (vga_xy[10]))));
  assign or_itm = (if_3_acc_svs[3]) | (if_3_acc_svs[2]) | (if_3_acc_svs[1]) | (if_3_acc_svs[0]);
  assign or_dcpl_7 = (~ (readslicef_5_1_4((({1'b1 , (~ acc_15_0_sva_dfm_1_mx0)})
      + 5'b101)))) | (red_xy_1_sva_dfm[9]) | (red_xy_1_sva_dfm[8]) | (red_xy_1_sva_dfm[7])
      | (red_xy_1_sva_dfm[6]) | (red_xy_1_sva_dfm[5]) | (red_xy_1_sva_dfm[4]) | (red_xy_1_sva_dfm[3])
      | (red_xy_1_sva_dfm[2]) | (red_xy_1_sva_dfm[1]) | (red_xy_1_sva_dfm[0]) | (red_xy_0_sva_dfm[9])
      | (red_xy_0_sva_dfm[8]) | (red_xy_0_sva_dfm[7]) | (red_xy_0_sva_dfm[6]) | (red_xy_0_sva_dfm[5])
      | (red_xy_0_sva_dfm[4]) | (red_xy_0_sva_dfm[3]) | (red_xy_0_sva_dfm[2]) | (red_xy_0_sva_dfm[1])
      | (red_xy_0_sva_dfm[0]);
  assign not_tmp_8 = ~(if_9_land_lpi_1_dfm_mx0 & (acc_3_itm[4]));
  always @(posedge clk or negedge arst_n) begin
    if ( ~ arst_n ) begin
      vout_rsc_mgc_out_stdreg_d <= 30'b0;
      volume_rsc_mgc_out_stdreg_d <= 4'b0;
      deltay_square_red_slc_deltay_square_red_acc_psp_itm_1 <= 10'b0;
      volume_previous_sva <= 4'b0;
      MAC1_acc_psp_sg1_sva_1 <= 10'b0;
      MAC1_acc_39_psp_sg1_sva_1 <= 10'b0;
      MAC1_acc_40_psp_sg1_sva_1 <= 10'b0;
      reg_volume_current_slc_acc_idiv_6_itm_1_cse <= 1'b0;
      volume_current_slc_acc_idiv_20_itm_1 <= 1'b0;
      volume_current_slc_acc_idiv_21_itm_1 <= 1'b0;
      volume_current_slc_acc_idiv_22_itm_1 <= 1'b0;
      volume_current_slc_acc_idiv_13_itm_1 <= 1'b0;
      volume_current_slc_acc_idiv_7_itm_1 <= 4'b0;
      volume_current_slc_acc_idiv_8_itm_1 <= 3'b0;
      land_14_lpi_1_dfm_1 <= 1'b0;
      aif_41_slc_itm_1 <= 1'b0;
      land_12_lpi_1_dfm_1 <= 1'b0;
      if_9_land_lpi_1_dfm <= 1'b0;
      blue_xy_1_sva <= 10'b0;
      blue_xy_0_sva <= 10'b0;
      red_xy_1_sva <= 10'b0;
      red_xy_0_sva <= 10'b0;
      acc_15_1_sva <= 4'b0;
      acc_15_0_sva <= 4'b0;
      regs_regs_1_sva <= 90'b0;
      main_stage_0_2 <= 1'b0;
      reg_deltay_square_blue_acc_psp_sva_tmp <= 1'b0;
    end
    else begin
      if ( en ) begin
        vout_rsc_mgc_out_stdreg_d <= MUX_v_30_2_2({vout_rsc_mgc_out_stdreg_d , ({(~((~(MAC1_acc_psp_sg1_sva_1
            | ({{9{land_11_lpi_1_dfm}}, land_11_lpi_1_dfm}))) | ({{9{land_13_lpi_1_dfm}},
            land_13_lpi_1_dfm}))) , (MAC1_acc_39_psp_sg1_sva_1 & (signext_10_1(~
            land_11_lpi_1_dfm)) & (signext_10_1(~ land_13_lpi_1_dfm))) , ((MAC1_acc_40_psp_sg1_sva_1
            & (signext_10_1(~ land_11_lpi_1_dfm))) | ({{9{land_13_lpi_1_dfm}}, land_13_lpi_1_dfm}))})},
            main_stage_0_2);
        volume_rsc_mgc_out_stdreg_d <= MUX_v_4_2_2({volume_rsc_mgc_out_stdreg_d ,
            volume_previous_sva_dfm}, main_stage_0_2);
        deltay_square_red_slc_deltay_square_red_acc_psp_itm_1 <= deltay_square_red_acc_1_itm[10:1];
        volume_previous_sva <= MUX_v_4_2_2({volume_previous_sva , volume_previous_sva_dfm},
            main_stage_0_2);
        MAC1_acc_psp_sg1_sva_1 <= MAC1_acc_itm[12:3];
        MAC1_acc_39_psp_sg1_sva_1 <= MAC1_acc_78_itm[12:3];
        MAC1_acc_40_psp_sg1_sva_1 <= MAC1_acc_79_itm[12:3];
        reg_volume_current_slc_acc_idiv_6_itm_1_cse <= volume_current_acc_8_psp[6];
        volume_current_slc_acc_idiv_20_itm_1 <= volume_current_acc_8_psp[2];
        volume_current_slc_acc_idiv_21_itm_1 <= volume_current_acc_8_psp[1];
        volume_current_slc_acc_idiv_22_itm_1 <= volume_current_acc_8_psp[0];
        volume_current_slc_acc_idiv_13_itm_1 <= volume_current_acc_3_sdt[0];
        volume_current_slc_acc_idiv_7_itm_1 <= volume_current_acc_8_psp[10:7];
        volume_current_slc_acc_idiv_8_itm_1 <= volume_current_acc_8_psp[5:3];
        land_14_lpi_1_dfm_1 <= ~((readslicef_11_1_10((({1'b1 , (~ (deltax_square_blue_acc_1_itm[10:1]))})
            + 11'b101001))) | (deltax_square_blue_acc_1_itm[11]));
        aif_41_slc_itm_1 <= MUX_s_1_2_2({(deltay_square_red_acc_1_itm[11]) , aif_41_slc_itm_1},
            (deltax_square_red_acc_1_itm[11]) | (aif_39_acc_itm[10]));
        land_12_lpi_1_dfm_1 <= ~((aif_39_acc_itm[10]) | (deltax_square_red_acc_1_itm[11]));
        if_9_land_lpi_1_dfm <= if_9_land_lpi_1_dfm_mx0;
        blue_xy_1_sva <= blue_xy_1_sva_mx0;
        blue_xy_0_sva <= blue_xy_0_sva_dfm_2_mx0;
        red_xy_1_sva <= red_xy_1_sva_dfm_2_mx0;
        red_xy_0_sva <= red_xy_0_sva_dfm_2_mx0;
        acc_15_1_sva <= acc_15_1_sva_dfm_1_mx0;
        acc_15_0_sva <= acc_15_0_sva_dfm_1_mx0;
        regs_regs_1_sva <= regs_regs_0_sva_mx0;
        main_stage_0_2 <= 1'b1;
        reg_deltay_square_blue_acc_psp_sva_tmp <= MUX_s_1_2_2({reg_deltay_square_blue_acc_psp_sva_tmp
            , (MUX_s_1_2_2({reg_deltay_square_blue_acc_psp_sva_tmp , (deltay_square_blue_acc_1_itm[11])},
            land_14_lpi_1_dfm_1))}, main_stage_0_2);
      end
    end
  end

  function [0:0] readslicef_11_1_10;
    input [10:0] vector;
    reg [10:0] tmp;
  begin
    tmp = vector >> 10;
    readslicef_11_1_10 = tmp[0:0];
  end
  endfunction


  function [0:0] readslicef_5_1_4;
    input [4:0] vector;
    reg [4:0] tmp;
  begin
    tmp = vector >> 4;
    readslicef_5_1_4 = tmp[0:0];
  end
  endfunction


  function [0:0] readslicef_6_1_5;
    input [5:0] vector;
    reg [5:0] tmp;
  begin
    tmp = vector >> 5;
    readslicef_6_1_5 = tmp[0:0];
  end
  endfunction


  function [3:0] signext_4_1;
    input [0:0] vector;
  begin
    signext_4_1= {{3{vector[0]}}, vector};
  end
  endfunction


  function [2:0] readslicef_4_3_1;
    input [3:0] vector;
    reg [3:0] tmp;
  begin
    tmp = vector >> 1;
    readslicef_4_3_1 = tmp[2:0];
  end
  endfunction


  function [1:0] readslicef_3_2_1;
    input [2:0] vector;
    reg [2:0] tmp;
  begin
    tmp = vector >> 1;
    readslicef_3_2_1 = tmp[1:0];
  end
  endfunction


  function [4:0] readslicef_6_5_1;
    input [5:0] vector;
    reg [5:0] tmp;
  begin
    tmp = vector >> 1;
    readslicef_6_5_1 = tmp[4:0];
  end
  endfunction


  function [3:0] MUX_v_4_2_2;
    input [7:0] inputs;
    input [0:0] sel;
    reg [3:0] result;
  begin
    case (sel)
      1'b0 : begin
        result = inputs[7:4];
      end
      1'b1 : begin
        result = inputs[3:0];
      end
      default : begin
        result = inputs[7:4];
      end
    endcase
    MUX_v_4_2_2 = result;
  end
  endfunction


  function [0:0] readslicef_4_1_3;
    input [3:0] vector;
    reg [3:0] tmp;
  begin
    tmp = vector >> 3;
    readslicef_4_1_3 = tmp[0:0];
  end
  endfunction


  function [0:0] readslicef_10_1_9;
    input [9:0] vector;
    reg [9:0] tmp;
  begin
    tmp = vector >> 9;
    readslicef_10_1_9 = tmp[0:0];
  end
  endfunction


  function [0:0] readslicef_8_1_7;
    input [7:0] vector;
    reg [7:0] tmp;
  begin
    tmp = vector >> 7;
    readslicef_8_1_7 = tmp[0:0];
  end
  endfunction


  function [9:0] MUX_v_10_2_2;
    input [19:0] inputs;
    input [0:0] sel;
    reg [9:0] result;
  begin
    case (sel)
      1'b0 : begin
        result = inputs[19:10];
      end
      1'b1 : begin
        result = inputs[9:0];
      end
      default : begin
        result = inputs[19:10];
      end
    endcase
    MUX_v_10_2_2 = result;
  end
  endfunction


  function [0:0] MUX_s_1_2_2;
    input [1:0] inputs;
    input [0:0] sel;
    reg [0:0] result;
  begin
    case (sel)
      1'b0 : begin
        result = inputs[1:1];
      end
      1'b1 : begin
        result = inputs[0:0];
      end
      default : begin
        result = inputs[1:1];
      end
    endcase
    MUX_s_1_2_2 = result;
  end
  endfunction


  function [3:0] readslicef_5_4_1;
    input [4:0] vector;
    reg [4:0] tmp;
  begin
    tmp = vector >> 1;
    readslicef_5_4_1 = tmp[3:0];
  end
  endfunction


  function [0:0] readslicef_2_1_1;
    input [1:0] vector;
    reg [1:0] tmp;
  begin
    tmp = vector >> 1;
    readslicef_2_1_1 = tmp[0:0];
  end
  endfunction


  function [29:0] MUX_v_30_2_2;
    input [59:0] inputs;
    input [0:0] sel;
    reg [29:0] result;
  begin
    case (sel)
      1'b0 : begin
        result = inputs[59:30];
      end
      1'b1 : begin
        result = inputs[29:0];
      end
      default : begin
        result = inputs[59:30];
      end
    endcase
    MUX_v_30_2_2 = result;
  end
  endfunction


  function [9:0] signext_10_1;
    input [0:0] vector;
  begin
    signext_10_1= {{9{vector[0]}}, vector};
  end
  endfunction


  function signed [11:0] conv_u2s_11_12 ;
    input [10:0]  vector ;
  begin
    conv_u2s_11_12 = {1'b0, vector};
  end
  endfunction


  function signed [5:0] conv_u2s_5_6 ;
    input [4:0]  vector ;
  begin
    conv_u2s_5_6 = {1'b0, vector};
  end
  endfunction


  function  [11:0] conv_u2u_11_12 ;
    input [10:0]  vector ;
  begin
    conv_u2u_11_12 = {1'b0, vector};
  end
  endfunction


  function  [10:0] conv_u2u_10_11 ;
    input [9:0]  vector ;
  begin
    conv_u2u_10_11 = {1'b0, vector};
  end
  endfunction


  function  [12:0] conv_u2u_12_13 ;
    input [11:0]  vector ;
  begin
    conv_u2u_12_13 = {1'b0, vector};
  end
  endfunction


  function  [4:0] conv_s2u_4_5 ;
    input signed [3:0]  vector ;
  begin
    conv_s2u_4_5 = {vector[3], vector};
  end
  endfunction


  function signed [5:0] conv_s2s_5_6 ;
    input signed [4:0]  vector ;
  begin
    conv_s2s_5_6 = {vector[4], vector};
  end
  endfunction


  function  [3:0] conv_s2u_3_4 ;
    input signed [2:0]  vector ;
  begin
    conv_s2u_3_4 = {vector[2], vector};
  end
  endfunction


  function signed [3:0] conv_u2s_3_4 ;
    input [2:0]  vector ;
  begin
    conv_u2s_3_4 = {1'b0, vector};
  end
  endfunction


  function  [2:0] conv_u2u_2_3 ;
    input [1:0]  vector ;
  begin
    conv_u2u_2_3 = {1'b0, vector};
  end
  endfunction


  function signed [3:0] conv_s2s_3_4 ;
    input signed [2:0]  vector ;
  begin
    conv_s2s_3_4 = {vector[2], vector};
  end
  endfunction


  function  [3:0] conv_s2u_2_4 ;
    input signed [1:0]  vector ;
  begin
    conv_s2u_2_4 = {{2{vector[1]}}, vector};
  end
  endfunction


  function signed [1:0] conv_s2s_1_2 ;
    input signed [0:0]  vector ;
  begin
    conv_s2s_1_2 = {vector[0], vector};
  end
  endfunction


  function signed [1:0] conv_u2s_1_2 ;
    input [0:0]  vector ;
  begin
    conv_u2s_1_2 = {1'b0, vector};
  end
  endfunction


  function  [3:0] conv_u2u_3_4 ;
    input [2:0]  vector ;
  begin
    conv_u2u_3_4 = {1'b0, vector};
  end
  endfunction


  function signed [9:0] conv_u2s_9_10 ;
    input [8:0]  vector ;
  begin
    conv_u2s_9_10 = {1'b0, vector};
  end
  endfunction


  function  [7:0] conv_u2u_7_8 ;
    input [6:0]  vector ;
  begin
    conv_u2u_7_8 = {1'b0, vector};
  end
  endfunction


  function  [3:0] conv_s2u_1_4 ;
    input signed [0:0]  vector ;
  begin
    conv_s2u_1_4 = {{3{vector[0]}}, vector};
  end
  endfunction


  function  [4:0] conv_s2u_3_5 ;
    input signed [2:0]  vector ;
  begin
    conv_s2u_3_5 = {{2{vector[2]}}, vector};
  end
  endfunction


  function signed [4:0] conv_u2s_4_5 ;
    input [3:0]  vector ;
  begin
    conv_u2s_4_5 = {1'b0, vector};
  end
  endfunction


  function  [4:0] conv_u2u_4_5 ;
    input [3:0]  vector ;
  begin
    conv_u2u_4_5 = {1'b0, vector};
  end
  endfunction


  function  [1:0] conv_u2u_1_2 ;
    input [0:0]  vector ;
  begin
    conv_u2u_1_2 = {1'b0, vector};
  end
  endfunction

endmodule

// ------------------------------------------------------------------
//  Design Unit:    gauss_blur
//  Generated from file(s):
//    2) $PROJECT_HOME/../gauss_blur_source/gauss_blur.c
// ------------------------------------------------------------------


module gauss_blur (
  vin, vout_rsc_z, vga_xy, volume_rsc_z, clk, en, arst_n
);
  input [89:0] vin;
  output [29:0] vout_rsc_z;
  input [19:0] vga_xy;
  output [3:0] volume_rsc_z;
  input clk;
  input en;
  input arst_n;


  // Interconnect Declarations
  wire [29:0] vout_rsc_mgc_out_stdreg_d;
  wire [3:0] volume_rsc_mgc_out_stdreg_d;


  // Interconnect Declarations for Component Instantiations 
  mgc_out_stdreg #(.rscid(2),
  .width(30)) vout_rsc_mgc_out_stdreg (
      .d(vout_rsc_mgc_out_stdreg_d),
      .z(vout_rsc_z)
    );
  mgc_out_stdreg #(.rscid(4),
  .width(4)) volume_rsc_mgc_out_stdreg (
      .d(volume_rsc_mgc_out_stdreg_d),
      .z(volume_rsc_z)
    );
  gauss_blur_core gauss_blur_core_inst (
      .vin(vin),
      .vga_xy(vga_xy),
      .clk(clk),
      .en(en),
      .arst_n(arst_n),
      .vout_rsc_mgc_out_stdreg_d(vout_rsc_mgc_out_stdreg_d),
      .volume_rsc_mgc_out_stdreg_d(volume_rsc_mgc_out_stdreg_d)
    );
endmodule